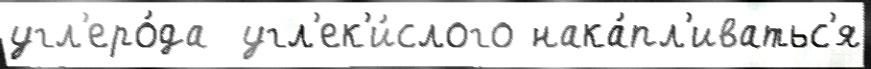
угл'еро́да  угл'ек'и́слого нака́пл'иватьс'я